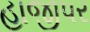
હાજીપર